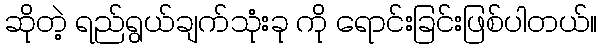
ဆိုတဲ့ ရည်ရွယ်ချက်သုံးခု ကို ရောင်းခြင်းဖြစ်ပါတယ်။